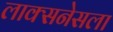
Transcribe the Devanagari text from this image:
लाक्सनेसला